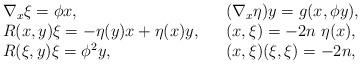
LaTeX: \begin{align*}\begin{array}{lll}\nabla_x \xi=\phi x, & &(\nabla_x\eta)y=g(x,\phi y), \\R(x,y)\xi=-\eta(y)x+\eta(x)y,& &(x,\xi)=-2n\ \eta(x),\\R(\xi,y)\xi=\phi^2 y, && (x,\xi)(\xi,\xi)=-2n,\end{array}\end{align*}